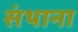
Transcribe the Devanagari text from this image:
संथाना